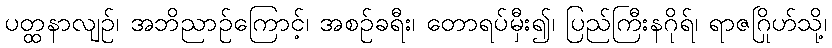
ပတ္ထနာလျဉ်၊ အဘိညာဉ်ကြောင့်၊ အစဉ်ခရီး၊ တောရပ်မှီး၍၊ ပြည်ကြီးနဂိုရ်၊ ရာဇဂြိုဟ်သို့၊